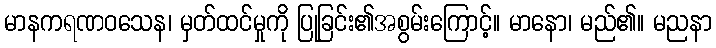
မာနကရဏဝသေန၊ မှတ်ထင်မှုကို ပြုခြင်း၏အစွမ်းကြောင့်။ မာနော၊ မည်၏။ မညနာ